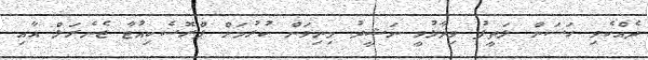
ދެއްކެވި ހަސަން ލަތީފު ވިދާޅުވީ ނަޝީދު މިނިވަން ކުރުމަށް ޕްރޮސެކިއުޓާ ޖެނެރަލް އާއި